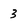
Character: 3